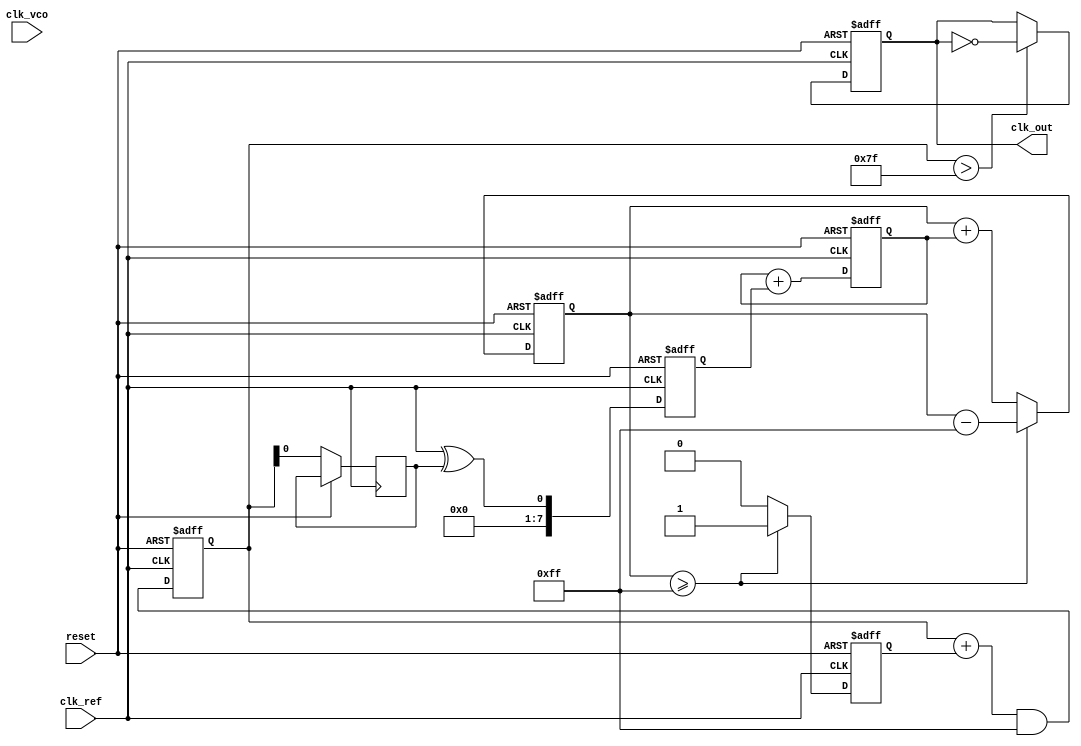
module sigma_delta_pll (
    input wire clk_ref,           // Reference clock input
    input wire clk_vco,           // VCO clock input
    input wire reset,             // Reset signal
    output reg clk_out            // PLL output clock
);

// Parameters
parameter N = 4;                // Oversampling ratio
parameter VCO_RANGE = 8'hFF;   // VCO tuning range

// Phase Detector
reg phase_detected;
reg [7:0] phase_diff;

// Loop Filter
reg [15:0] loop_filter_out;

// Sigma-Delta Modulator
reg [15:0] integrator;
reg sigma_delta_out;

// Voltage-Controlled Oscillator (VCO)
reg [7:0] vco_control;
reg [7:0] vco_freq;

// Feedback system
reg clk_vco_feedback;

always @(posedge clk_ref or posedge reset) begin
    if (reset) begin
        phase_detected <= 0;
        phase_diff <= 0;
        loop_filter_out <= 0;
        integrator <= 0;
        sigma_delta_out <= 0;
        vco_control <= 0;
        clk_out <= 0;
    end else begin
        // Phase Detector operation
        // Simple phase comparison logic
        phase_diff <= clk_ref ^ clk_vco_feedback;

        // Loop Filter: Low-pass filter
        loop_filter_out <= loop_filter_out + phase_diff; // Simple accumulator

        // Sigma-Delta Modulator
        integrator <= integrator + loop_filter_out;
        if (integrator >= VCO_RANGE) begin
            sigma_delta_out <= 1'b1;
            integrator <= integrator - VCO_RANGE;
        end else begin
            sigma_delta_out <= 1'b0;
        end

        // Voltage-Controlled Oscillator (VCO)
        vco_control <= (vco_control + sigma_delta_out) & VCO_RANGE;
        clk_vco_feedback <= vco_control; // Feedback

        // Generate output clock
        if (vco_control > VCO_RANGE / 2) begin
            clk_out <= ~clk_out; // Toggle output clock
        end
    end
end

endmodule